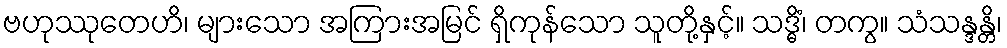
ဗဟုဿုတေဟိ၊ များသော အကြားအမြင် ရှိကုန်သော သူတို့နှင့်။ သဒ္ဓိံ၊ တကွ။ သံသန္ဒန္တိ၊